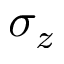
\sigma _ { z }